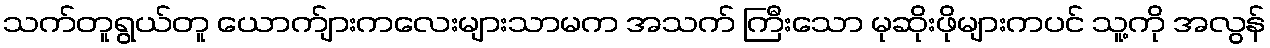
သက်တူရွယ်တူ ယောက်ျားကလေးများသာမက အသက် ကြီးသော မုဆိုးဖိုများကပင် သူ့ကို အလွန်